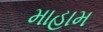
માહામ